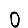
Digit: 0